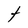
Character: t